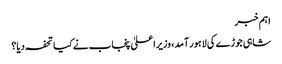
اہم خبر
شاہی جوڑے کی لاہور آمد، وزیراعلیٰ پنجاب نے کیا تحفہ دیا؟